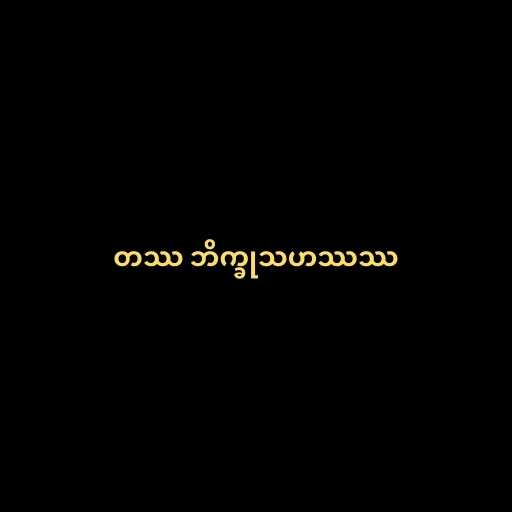
တဿ ဘိက္ခုသဟဿဿ